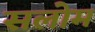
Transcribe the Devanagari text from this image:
सलोम